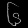
Digit: ၆